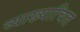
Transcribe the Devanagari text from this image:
व्याख्याचित